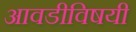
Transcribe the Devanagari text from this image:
आवडीविषयी